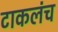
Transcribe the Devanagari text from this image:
टाकलंच